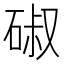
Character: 𮀣